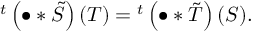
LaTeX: { } ^ { t } \left( \bullet \ast { \tilde { S } } \right) ( T ) = { } ^ { t } \left( \bullet \ast { \tilde { T } } \right) ( S ) .